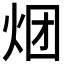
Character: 𰞏